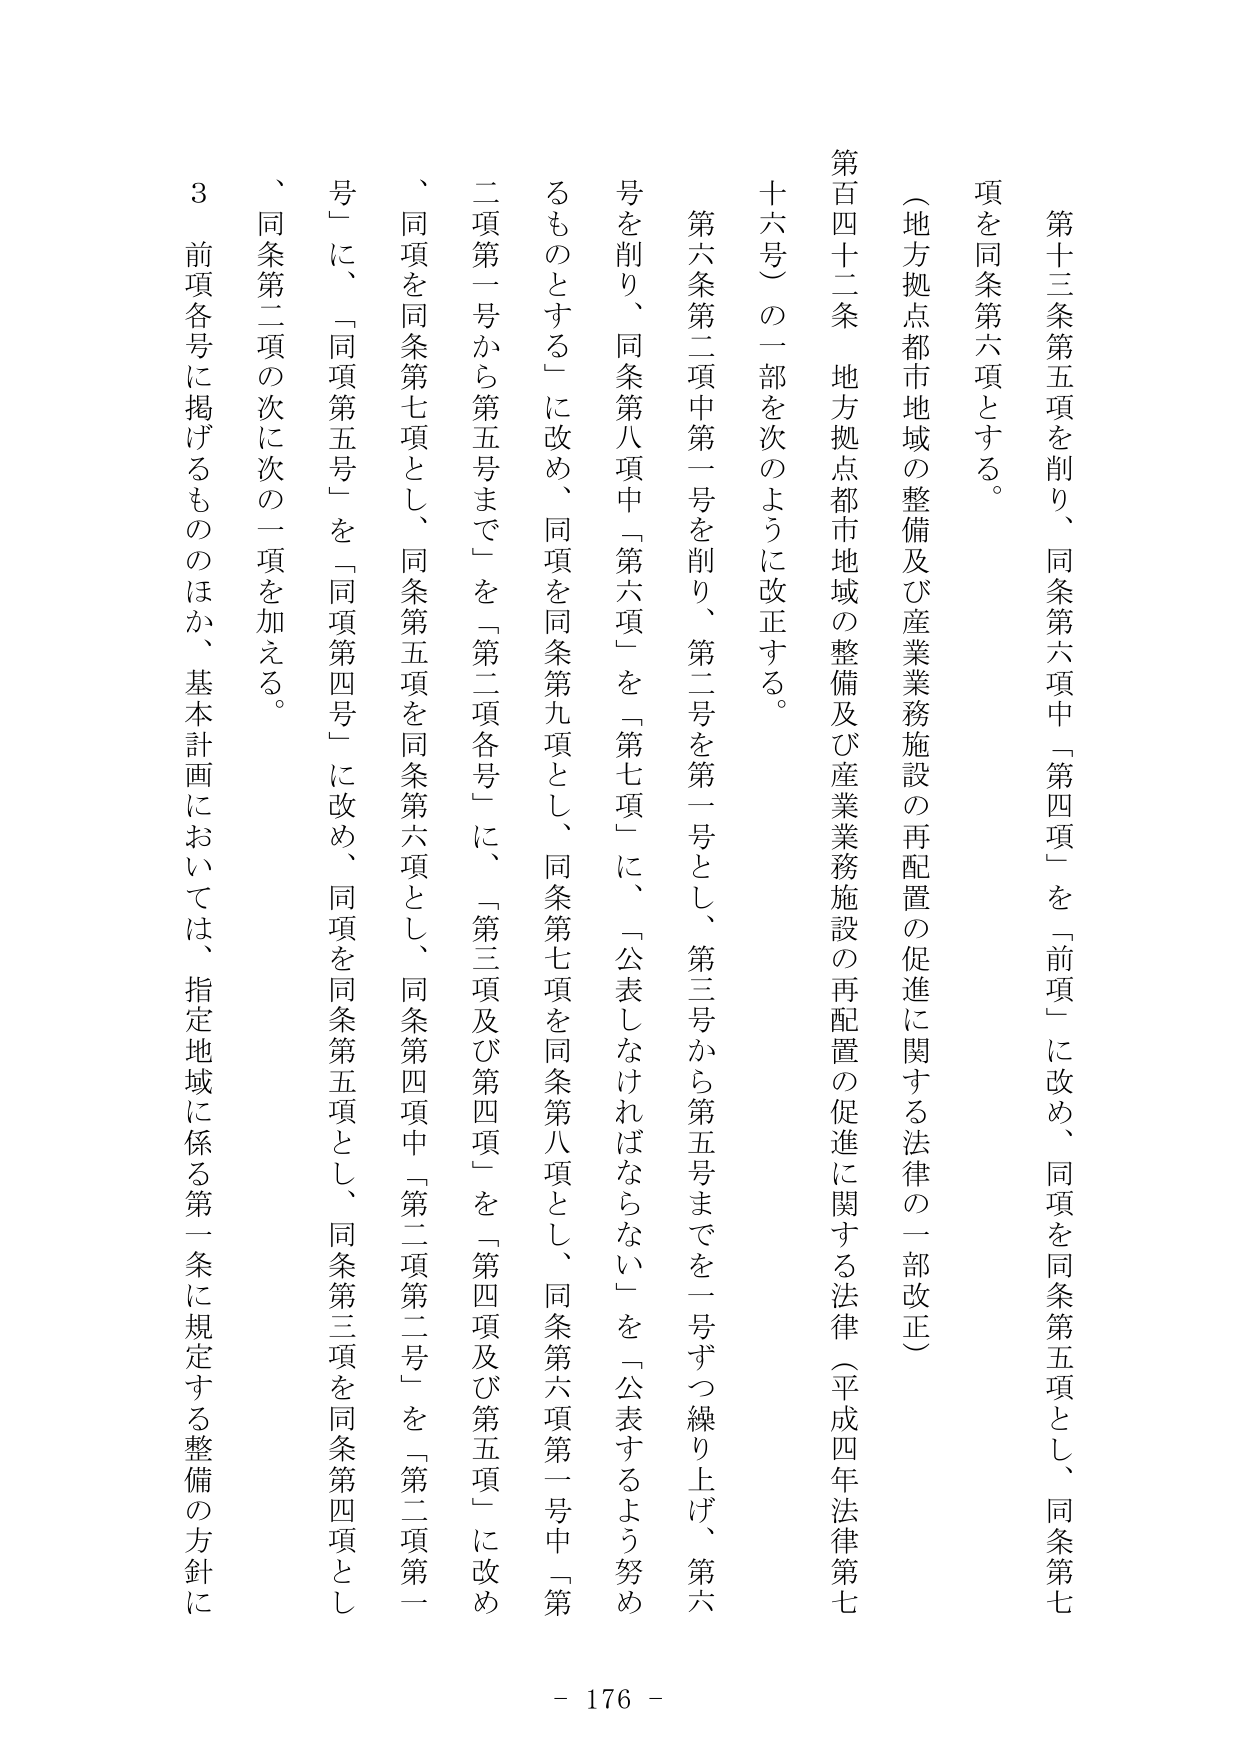
第十三条第五項を削り、同条第六項中「第四項」を「前項」に改め、同項を同条第五項とし、同条第七項を同条第六項とする。

（地方拠点都市地域の整備及び産業業務施設の再配置の促進に関する法律の一部改正）

第百四十二条 地方拠点都市地域の整備及び産業業務施設の再配置の促進に関する法律（平成四年法律第七十六号）の一部を次のように改正する。

第六条第二項中第一号を削り、第二号を第一号とし、第三号から第五号までを一号ずつ繰り上げ、第六号を削り、同条第八項中「第六項」を「第七項」に、「公表しなければならない」を「公表するよう努めるものとする」に改め、同項を同条第九項とし、同条第七項を同条第八項とし、同条第六項第一号中「第二項第一号から第五号まで」を「第二項各号」に、「第三項及び第四項」を「第四項及び第五項」に改め、同項を同条第七項とし、同条第五項を同条第六項とし、同条第四項中「第二項第二号」を「第二項第一号」に、「同項第五号」を「同項第四号」に改め、同項を同条第五項とし、同条第三項を同条第四項とし、同条第二項の次に次の一项を加える。

３ 前項各号に掲げるもののほか、基本計画においては、指定地域に係る第一条に規定する整備の方針に

- 176 -